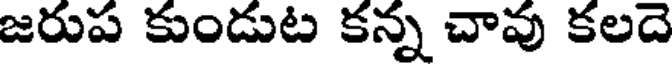
జరుప కుండుట కన్న చావు కలదె